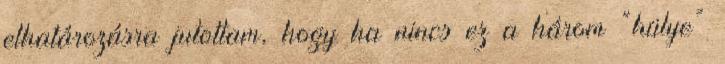
elhatározásra jutottam, hogy ha nincs ez a három “hülye”